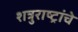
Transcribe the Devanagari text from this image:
शत्रुराष्ट्रांचे